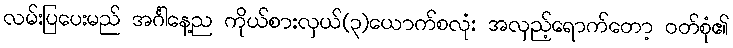
လမ်းပြပေးမည် အင်္ဂါနေ့ည ကိုယ်စားလှယ်(၃)ယောက်စလုံး အလှည့်ရောက်တော့ ဝတ်စုံ၏